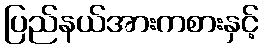
ပြည်နယ်အားကစားနှင့်